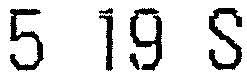
5 19 S